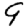
Digit: 9